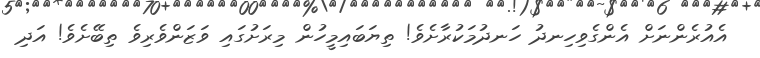
އެއުރެންނަށް އެންގެވިހިނދު ހަނދުމަކުރާށެވެ! ތިޔަބައިމީހުން މިރަށުގައި ވަޒަންވެރިވެ ތިބޭށެވެ! އަދި